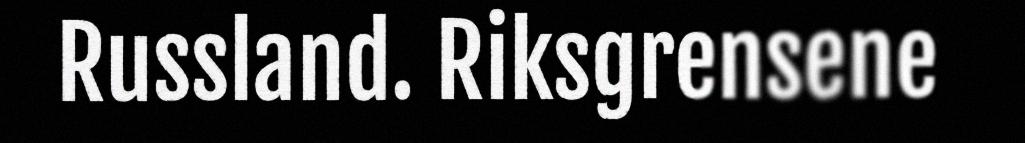
Russland. Riksgrensene